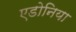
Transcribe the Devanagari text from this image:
एडोनिया